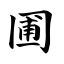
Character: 圃